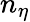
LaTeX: n_{\eta}